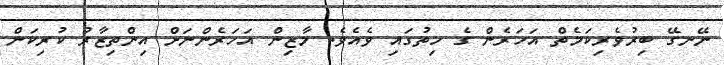
ނޭނގޭ ބިރުވެރިކަމެތް އަހަރެން ގެ ހިތުގައި ވެއެވެ. މާޒިން އަހަރެންނަށް އިންތިޒާރު ކުރިކަން